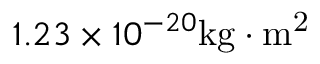
1 . 2 3 \times 1 0 ^ { - 2 0 } \mathrm { k g \cdot m ^ { 2 } }